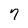
Character: 7